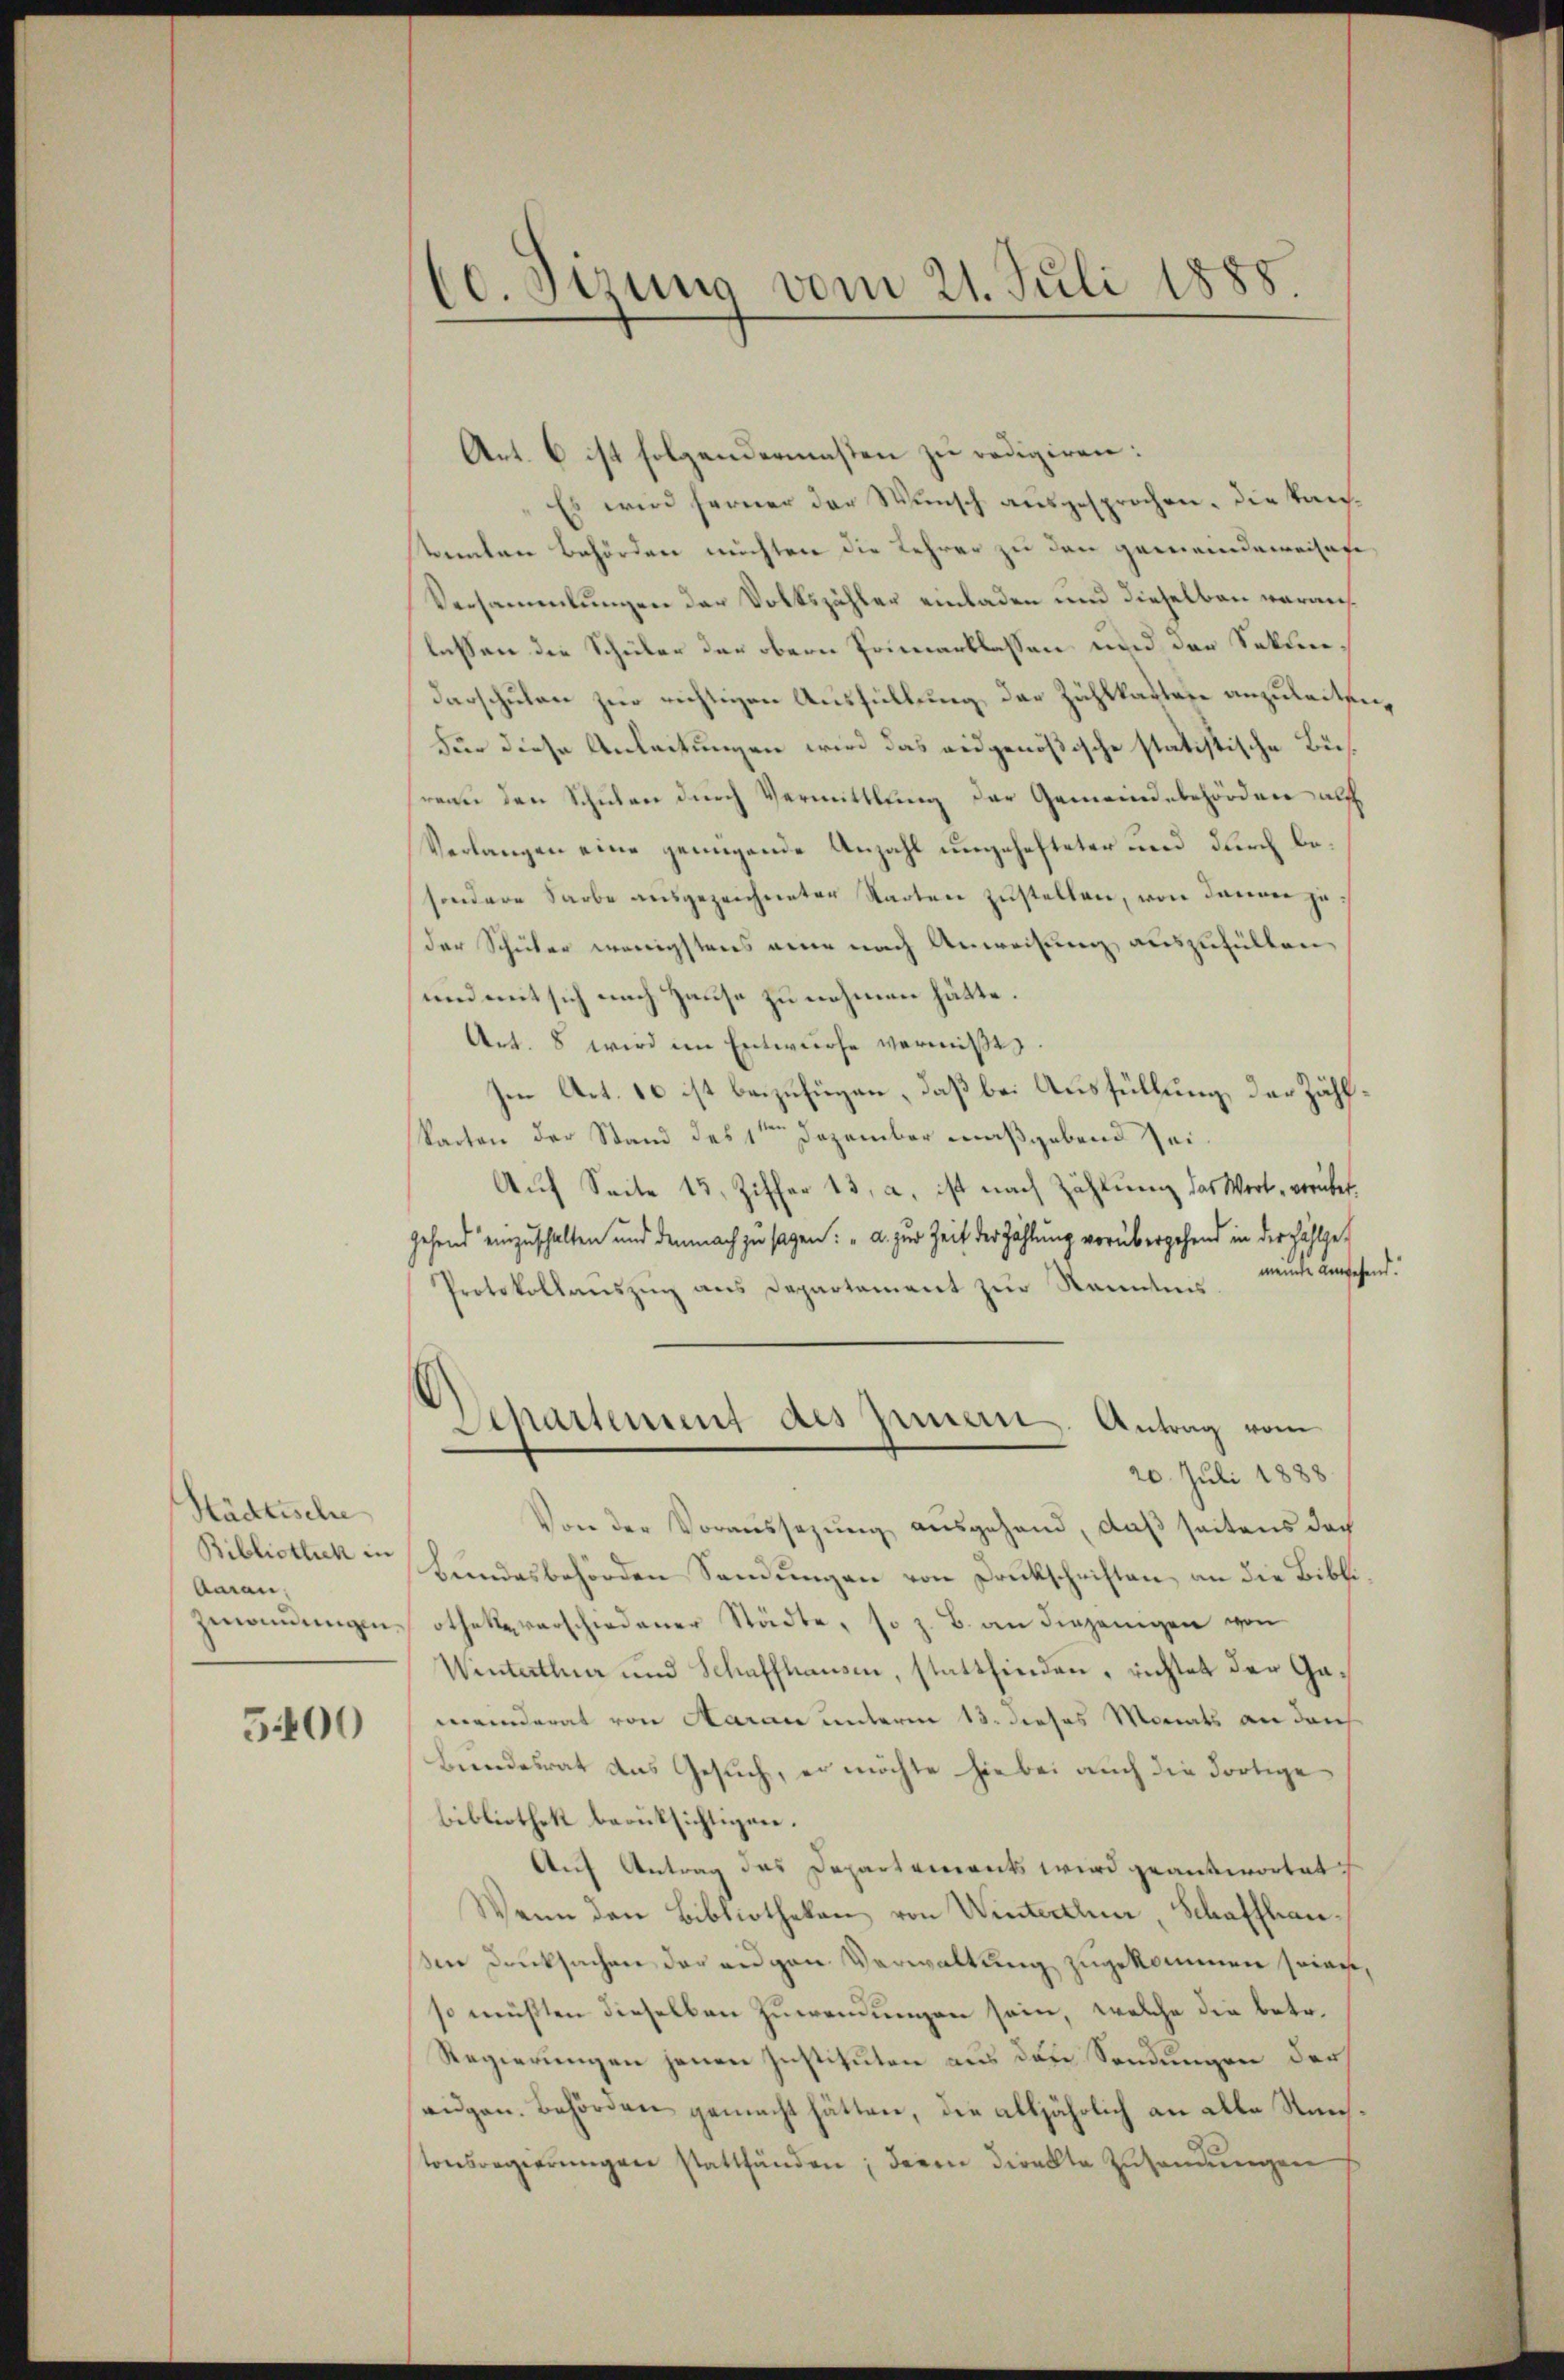
Städtische
Bibliotheck in
Aarau,
zmandungen.

5400

60. Sizung vom 21. Juli 1888.

Art. 6 ist folgendermassen zu redigiren:
Es wird ferner der Wunsch ausgesprochen. Die Tanstanten Behörden möchten die Lehrer zu den gemeindeweihafe
Versammlungen der Volkszähler einladen und dieselben worauf
lassen die Schüler der obern Primarblassen und der Sekundarschulen zur richtigen Ausfüllung der Zählkadten anzuleiten,
Für diese Anleitungen wird das eidgenößische statistische Büsreau den Schulen durch Vermittlung der Gemeindebehörden auf
Verlangen eine genügende Anzahl ungehefteter und durch besondere Farbe ausgezeichneter Starten zustellen, von dannen jeder Schüler wenigstens eine nach Anweisung auszufüllen
und mit sich nach Hause zu nehmen hätte.
Art. 8 wird im Entwurfe vermiße.
Im Art. 16 ist beizufügen, daß bei Ausfüllung der Zählkarten der Stand des 1te͇n Dezember maßgebend sei¬
Auf Seite 15, Ziffer 13, a, ist nach Zählung das Wort, vorübergehend einzuschalten und demnach zu sagen: "a. zur Zeit der Zählung vorübergehend in der Fühlge¬
Protokollaŭszŭg ans Departament zŭr Kenntnis. Minde ansehend
Departenung des Innern. Antrag vom
20. Juli 1888.
Von der Voraussezung ausgehand, daß seitens doch
bundesbehörden Sendungen von Druckschriften an die Bibliothek verschiedener Städte, so z. B. an diejenigen von
Winterthur und Schaffhausen, stattfinden, richtet der Gaeerinderat von Aarau unterm 13. dieses Monats an dich
Bundesrat das Gesuch, er möchte hiebei auch die dortige
bibliothek berücksichtigen.
Auf Antrag des Departements wird geantwortet
Wenn den Bibliotheken von Winterthur, Schaffhauden Dancksachen der eigen Verwaltung zugekommen seine,
so müßten dieselben Zuwendungen sein, welche die betr.
Regierungen jenen Instituten aus den Sendungen darf
eidgen. Behörden gemacht hätten, die alljährlich an alle Stuntonsregierŭngen stattfänden; deren direkte Zŭsanŭngen